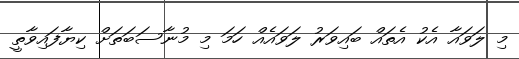
މި ލަވައާ އެކު އެތައް ބައިވަރުު ލަވައެއް ހަމަ މި މުނާސަބަތަށް ކިޔާފައިވާތީ